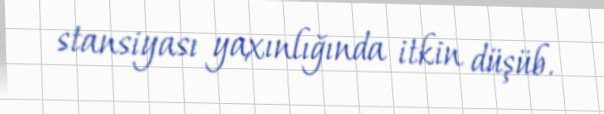
stansiyası yaxınlığında itkin düşüb.